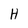
Character: H